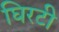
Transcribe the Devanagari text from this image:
घिरटी